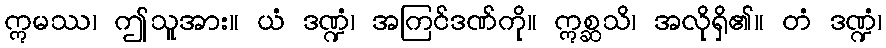
ဣမဿ၊ ဤသူအား။ ယံ ဒဏ္ဍံ၊ အကြင်ဒဏ်ကို။ ဣစ္ဆသိ၊ အလိုရှိ၏။ တံ ဒဏ္ဍံ၊